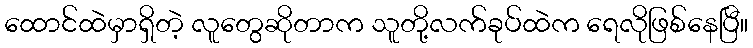
ထောင်ထဲမှာရှိတဲ့ လူတွေဆိုတာက သူတို့လက်ခုပ်ထဲက ရေလိုဖြစ်နေပြီ။